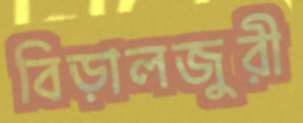
বিড়ালজুরী